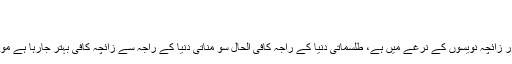
فیض عام/سہیل وڑائچ
رضی الدین رضی March 13, 2019
پڑوسی ملک کا راجہ بھی نجومیوں، ساحروں اور زائچہ نویسوں کے نرغے میں ہے، طلسماتی دنیا کے راجہ کافی الحال سو مناتی دنیا کے راجہ سے زائچہ کافی بہتر جارہا ہے مودی کی اصل کمزوری اس کی رانی نہ ہونا ہے۔